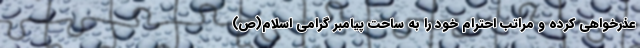
عذرخواهی کرده و مراتب احترام خود را به ساحت پیامبر گرامی اسلام(ص)